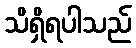
သိရှိရပါသည်